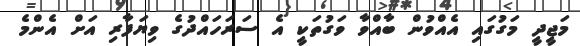
މަޖީދީ މަގުގައި އެއްވުން ބާއްވާ ވަގުތަކީ އެ ސަރަހައްދުގެ ވިޔަފާރި އަށް އެންމެ